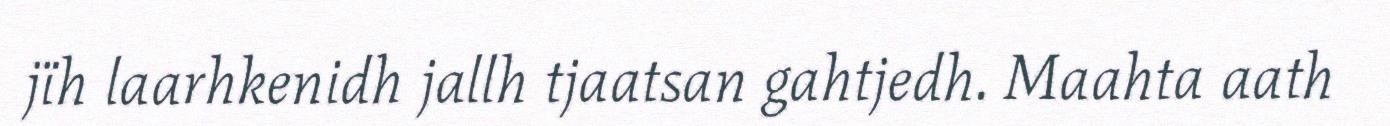
jïh laarhkenidh jallh tjaatsan gahtjedh. Maahta aath